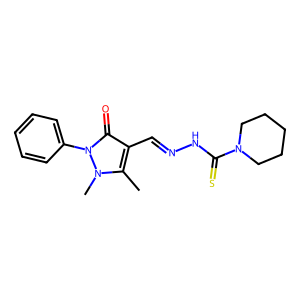
SMILES: Cc1c(C=NNC(=S)N2CCCCC2)c(=O)n(-c2ccccc2)n1C
Inhibits HIV replication: No